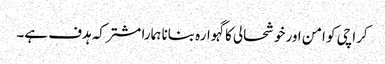
کراچی کو امن اور خوشحالی کا گہوارہ بنانا ہمارا مشترکہ ہدف ہے۔